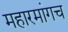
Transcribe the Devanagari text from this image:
महारमांगच